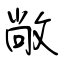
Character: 敞